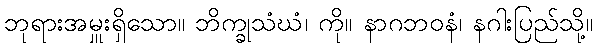
ဘုရားအမှူးရှိသော။ ဘိက္ခုသံဃံ၊ ကို။ နာဂဘဝနံ၊ နဂါးပြည်သို့။